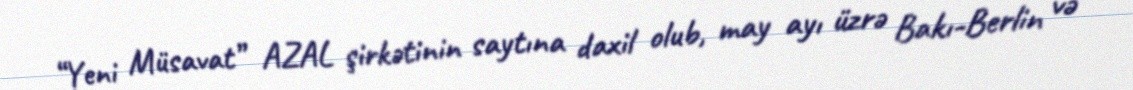
“Yeni Müsavat” AZAL şirkətinin saytına daxil olub, may ayı üzrə Bakı-Berlin və